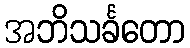
အဘိသင်္ခတော